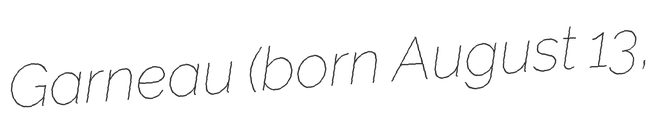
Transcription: Garneau (born August 13,